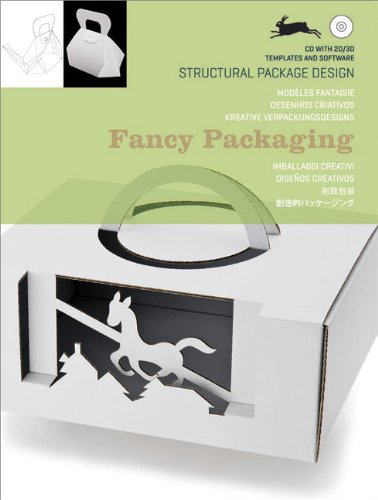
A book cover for Fancy Packaging (Structural Package Design); Pepin Press; Arts & Photography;